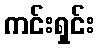
ကင်းရှင်း